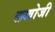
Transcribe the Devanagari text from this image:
लखोजी